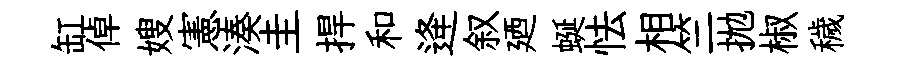
缸倬嫂憲湊圭捍和逄叙廼蜒怯相竺拋椒穢